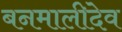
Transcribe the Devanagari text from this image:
बनमालीदेव